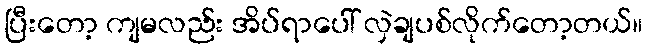
ပြီးတော့ ကျမလည်း အိပ်ရာပေါ် လှဲချပစ်လိုက်တော့တယ်။